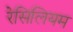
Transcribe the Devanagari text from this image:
रेसिलियम